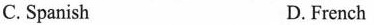
C. Spanish D.French